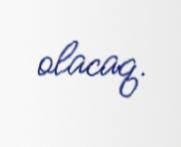
olacaq.